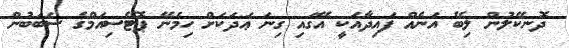
ދޮނކޭލުން ލިބޭ އަނެއް ފައިދާއަކީ އޭގައި ގިނަ ޢަދަކަށް ހިމެނޭ ޕޮޓޭސިއަމްގެ ސަބަބުން